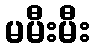
မမီးမီး